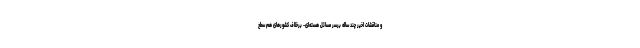
و مناقشات اخیر چند ساله برسر مسائل هسته‌ای- برخلاف کشورهای هم سطح